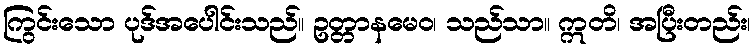
ကြွင်းသော ပုဒ်အပေါင်းသည်။ ဥတ္တာနမေဝ၊ သည်သာ။ ဣတိ၊ အပြီးတည်း၊